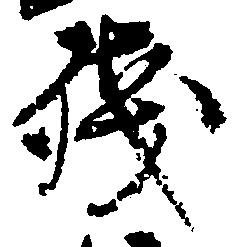
残